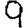
Digit: 9